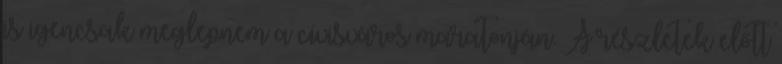
is igencsak meglepnem a cívisváros maratonján. A részletek előtt